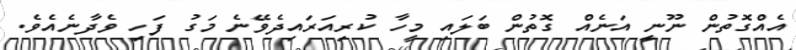
އެއްގޮތުން ނޫނީ އަނެއް ގޮތުން ބަލައި މީހާ ކުރިއަރައިދެވޭނެ މަގު ފަހި ވެދާނެއެވެ.